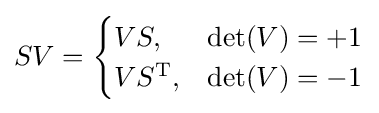
SV={\begin{cases}VS,&\det(V)=+1\\VS^{\mathrm {T} },&\det(V)=-1\end{cases}}